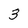
Character: 3